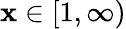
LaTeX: \mathbf{x}\in[1,\infty)